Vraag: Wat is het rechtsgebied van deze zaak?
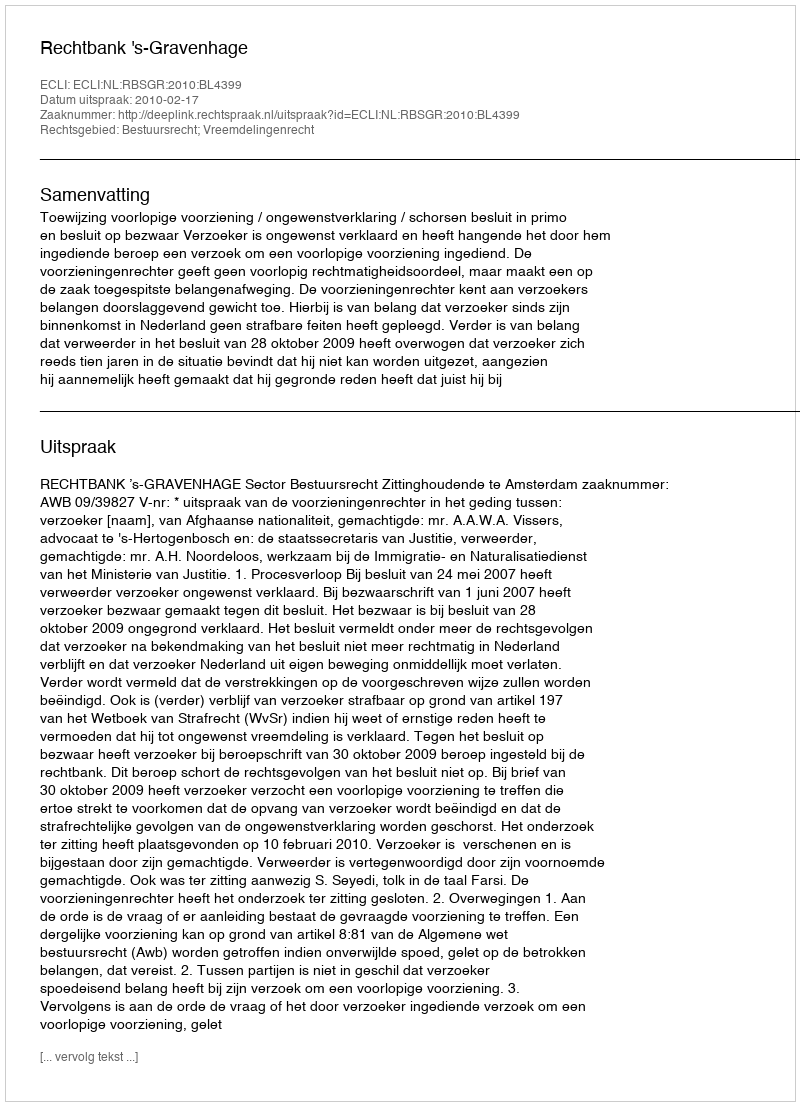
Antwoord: Bestuursrecht; Vreemdelingenrecht